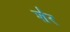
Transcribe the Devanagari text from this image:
श॑र